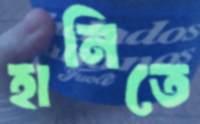
হানিতে